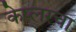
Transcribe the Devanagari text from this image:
केप्लरचा